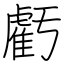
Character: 虧